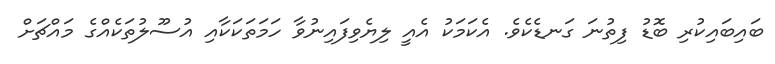
ބައިބައިކުރި ބޮޑު ފިތުނަ ގަނޑެކެވެ. އެކަމަކު އެއީ ލިޔެވިފައިނުވާ ހަމަތަކަކާއި އުސޫލުތަކެއްގެ މައްޗަށް